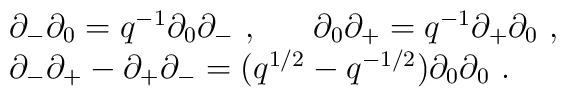
\begin{array}{l}\partial_-\partial_0=q^{-1}\partial_0\partial_-~,~~~~~\partial_0\partial_+=q^{-1}\partial_+\partial_0~,\\\partial_-\partial_+-\partial_+\partial_-=(q^{1/2}-q^{-1/2})\partial_0\partial_0~.\end{array}